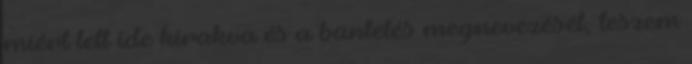
miért lett ide kirakva és a büntetés megnevezését, teszem